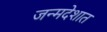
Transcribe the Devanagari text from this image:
जन्मदेशात